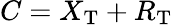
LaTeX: C=X_{\mathrm{T}}+R_{\mathrm{T}}